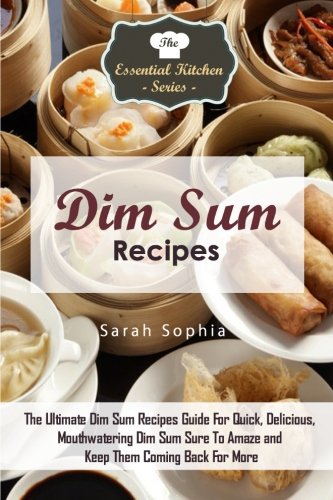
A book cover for Dim Sum Recipes: The Ultimate Dim Sum Recipes Guide For Quick, Delicious, Mouthwatering Dim Sum Sure To Amaze and Keep Them Coming Back For More (The Essential Kitchen Series) (Volume 84); Sarah Sophia; Cookbooks, Food & Wine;